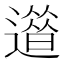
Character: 𨗀